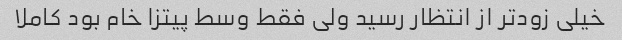
خیلی زودتر از انتظار رسید ولی فقط وسط پیتزا خام بود کاملا